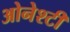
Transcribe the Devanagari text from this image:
ओनेश्टी